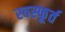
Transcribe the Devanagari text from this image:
स्वस्फूर्त